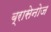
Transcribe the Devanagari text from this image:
ब्रासेनोज